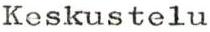
Keskustelu